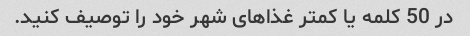
در 50 کلمه یا کمتر غذاهای شهر خود را توصیف کنید.